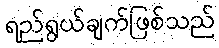
ရည်ရွယ်ချက်ဖြစ်သည်